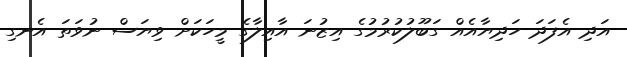
އަދި އެފަދަ ހަދިޔާއެއް ގަބޫލުކުރުމުގެ އިޒުނަ އާއިލާގެ މީހަކަށް ވިޔަސް ނުވަތަ އެނގި